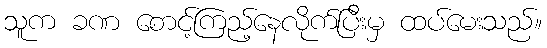
သူက ခဏ စောင့်ကြည့်နေလိုက်ပြီးမှ ထပ်မေးသည်။